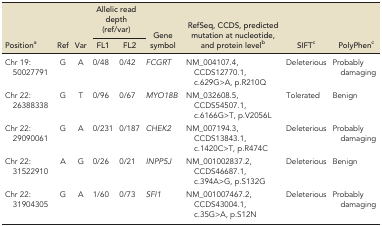
| <ROWSPAN=2> Positiona | <ROWSPAN=2> Ref | <ROWSPAN=2> Var | <COLSPAN=2> Allelic read depth (ref/var) | <ROWSPAN=2> Gene symbol | <ROWSPAN=2> RefSeq, CCDS, predicted mutation at nucleotide, and protein levelb | <ROWSPAN=2> SIFTc | <ROWSPAN=2> PolyPhenc |
 | FL1 | FL2 |
 | --- | --- | --- | --- | --- | --- | --- | --- | --- |
 | Chr 19: 50027791 | G | A | 0/48 | 0/42 | FCGRT | NM_004107.4, CCDS12770.1, c.629G>A, p.R210Q | Deleterious | Probably damaging |
 | Chr 22: 26388338 | G | T | 0/96 | 0/67 | MYO18B | NM_032608.5, CCDS54507.1, c.6166G>T, p.V2056L | Tolerated | Benign |
 | Chr 22: 29090061 | G | A | 0/231 | 0/187 | CHEK2 | NM_007194.3, CCDS13843.1, c.1420C>T, p.R474C | Deleterious | Probably damaging |
 | Chr 22: 31522910 | A | G | 0/26 | 0/21 | INPP5J | NM_001002837.2, CCDS46687.1, c.394A>G, p.S132G | Deleterious | Benign |
 | Chr 22: 31904305 | G | A | 1/60 | 0/73 | SFI1 | NM_001007467.2, CCDS43004.1, c.35G>A, p.S12N | Deleterious | Probably damaging |